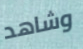
وشاهد